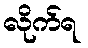
လိုက်ရ